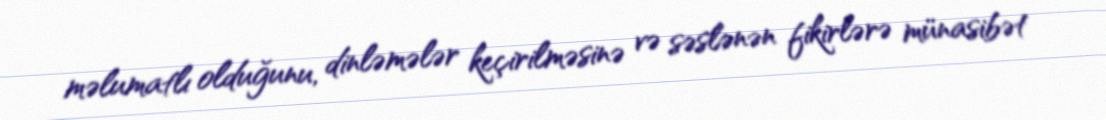
məlumatlı olduğunu, dinləmələr keçirilməsinə və səslənən fikirlərə münasibət